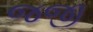
જજી